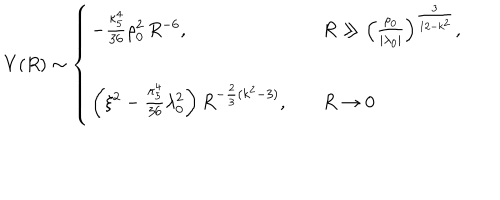
LaTeX: V ( R ) \sim \left\{ \begin{array} { l l l } { { - { \frac { \kappa _ { 5 } ^ { 4 } } { 3 6 } } \rho _ { 0 } ^ { 2 } \, R ^ { - 6 } , } } & { { } } & { { R \gg \left( { \frac { \rho _ { 0 } } { | \lambda _ { 0 } | } } \right) ^ { \frac { 3 } { 1 2 - k ^ { 2 } } } , } } \\ { { } } & { { } } & { { } } \\ { { \left( \xi ^ { 2 } - { \frac { \kappa _ { 5 } ^ { 4 } } { 3 6 } } \lambda _ { 0 } ^ { 2 } \right) R ^ { - { \frac { 2 } { 3 } } ( k ^ { 2 } - 3 ) } , } } & { { } } & { { R \rightarrow 0 } } \\ \end{array} \right.